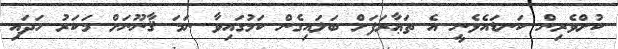
ކުށްވެރިން ކަނޑައެޅެނީ އެ ތަޢާރަފަށް ބަލައިގެން ކަމުގައިވާ ނަމަ ޤާނޫނަށް މަކަރު ހަދައި